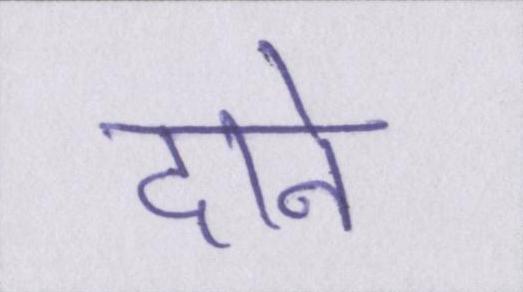
दाने